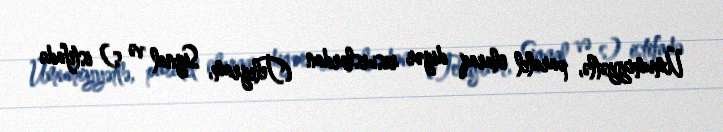
Ümumiyyətlə, paralel olaraq digər resurslardan (Telegram, Signal və s) istifadə